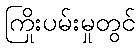
ကြိုးပမ်းမှုတွင်